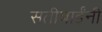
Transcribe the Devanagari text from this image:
सतीबाईंनी